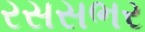
રસસભર